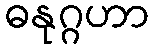
ဓနုဂ္ဂဟာ